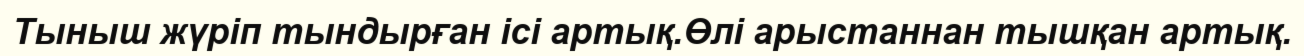
Тыныш жүріп тындырған ісі артық.Өлі арыстаннан тышқан артық.